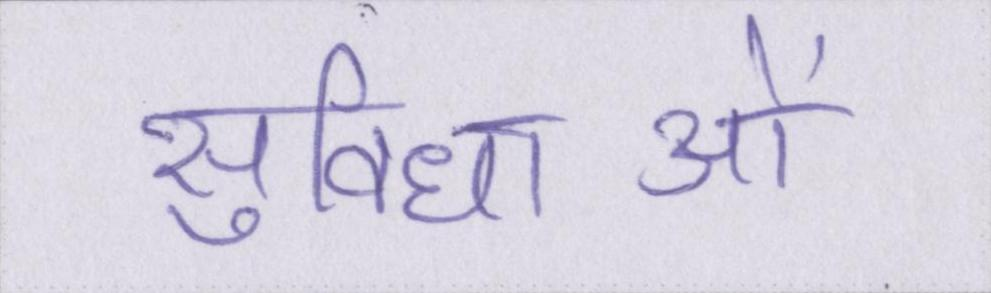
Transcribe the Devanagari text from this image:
सुविधाओं